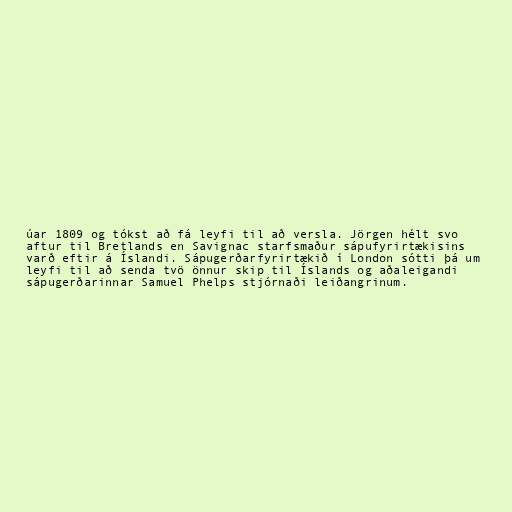
úar 1809 og tókst að fá leyfi til að versla. Jörgen hélt svo
aftur til Bretlands en Savignac starfsmaður sápufyrirtækisins
varð eftir á Íslandi. Sápugerðarfyrirtækið í London sótti þá um
leyfi til að senda tvö önnur skip til Íslands og aðaleigandi
sápugerðarinnar Samuel Phelps stjórnaði leiðangrinum.